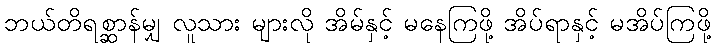
ဘယ်တိရစ္ဆာန်မျှ လူသား များလို အိမ်နှင့် မနေကြဖို့ အိပ်ရာနှင့် မအိပ်ကြဖို့